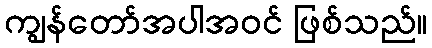
ကျွန်တော်အပါအဝင် ဖြစ်သည်။